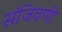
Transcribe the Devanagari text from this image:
संजिवणी